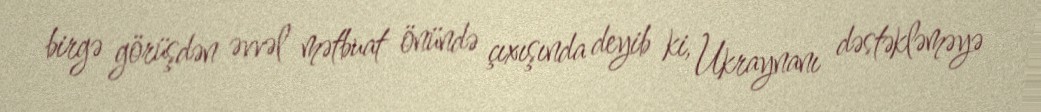
birgə görüşdən əvvəl mətbuat önündə çıxışında deyib ki, Ukraynanı dəstəkləməyə